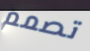
تصمم